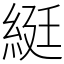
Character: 綎